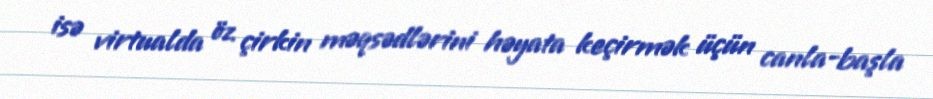
isə virtualda öz çirkin məqsədlərini həyata keçirmək üçün canla-başla